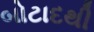
બોટાદથી